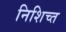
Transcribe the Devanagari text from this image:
निशिच्त